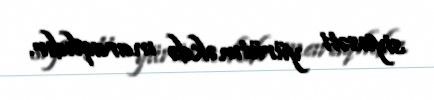
siyasəti yürütməkdə maraqlıdır.